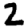
Digit: 2